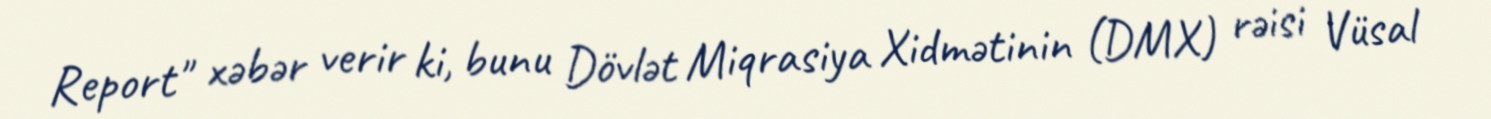
Report" xəbər verir ki, bunu Dövlət Miqrasiya Xidmətinin (DMX) rəisi Vüsal